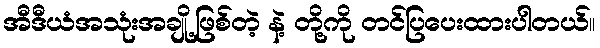
အီဒီယံအသုံးအချို့ဖြစ်တဲ့ နဲ့ တို့ကို တင်ပြပေးထားပါတယ်။